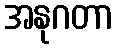
အနုဂတာ